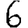
Digit: 6